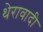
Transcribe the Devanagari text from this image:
थेरावादी